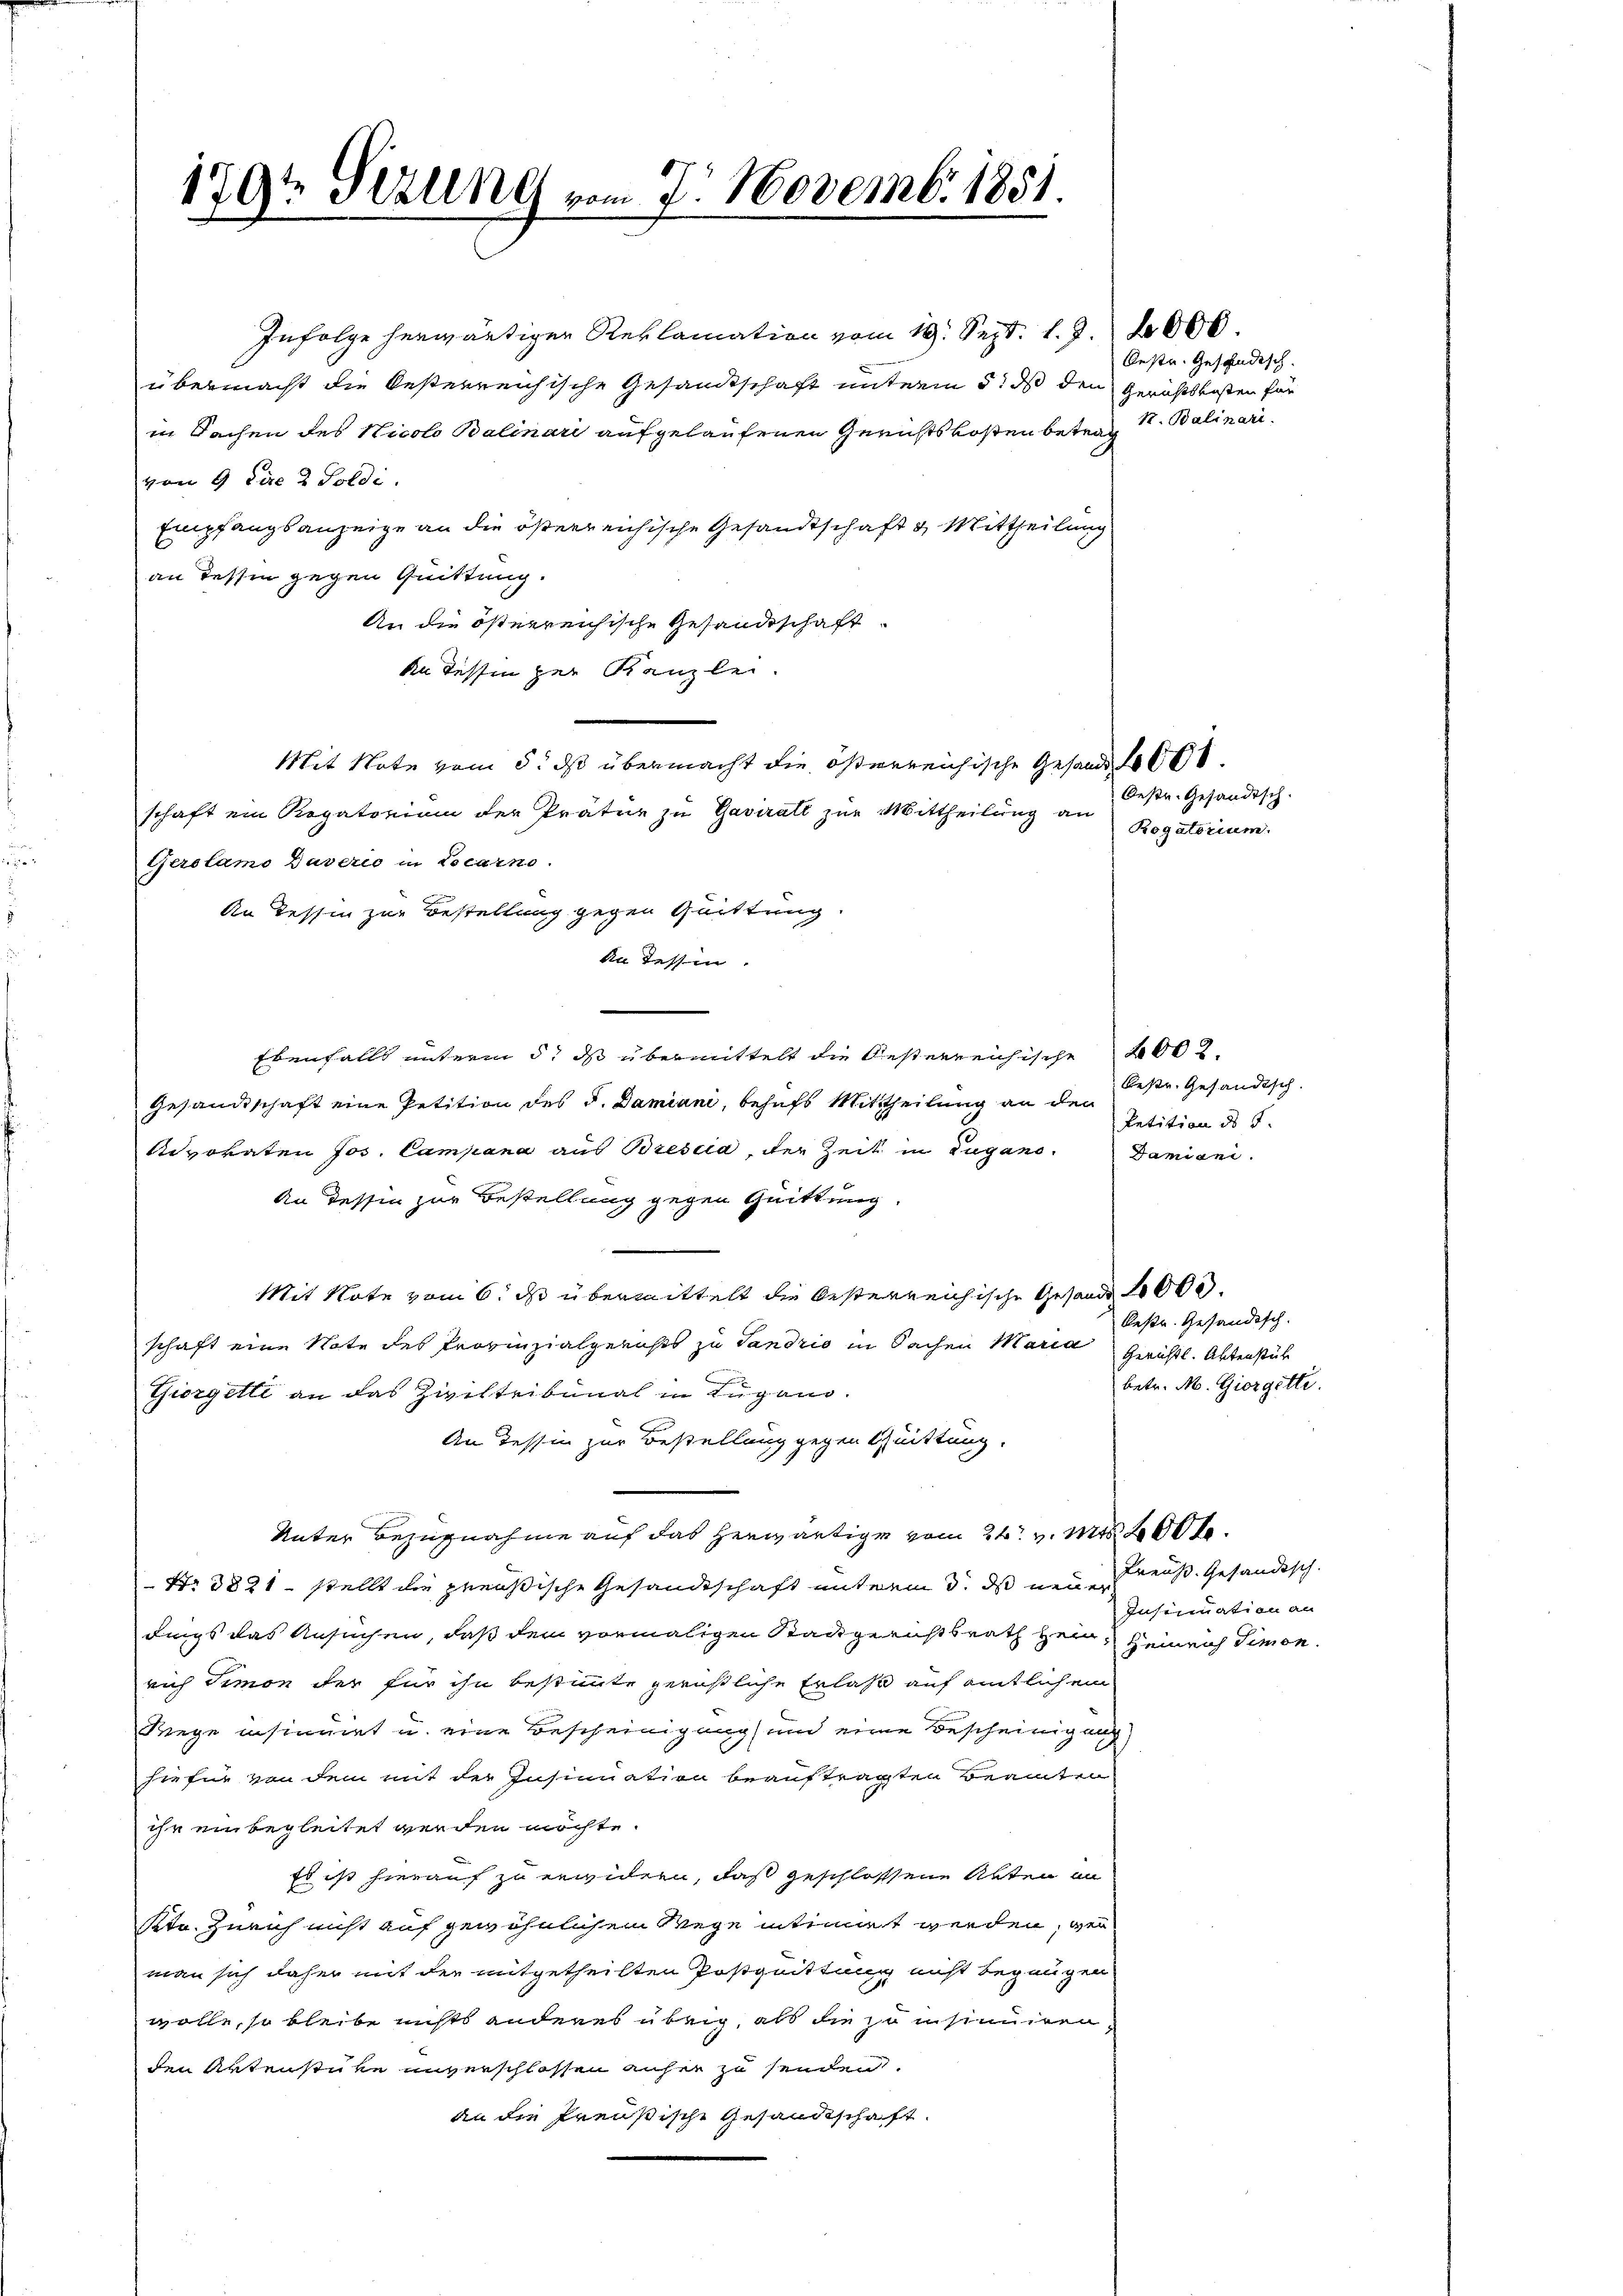
1791 Sizung vom 7. Novembr 1851.

Infolge herwärtiger Reklamation vom 19. Sept. l. J. 2000.
übermacht die besterreichische Gesandtschaft unterm 5. ds den Gerichtskosten für
in Sachen des Nicolo Balinari aufgelaufenen Gerichtskosten betrag 1. Balinarivon 9 die 2 Poldi
Empfangsanzeige an die österreichische Gesandtschaft & Mittheilung
an dessen gegen Quittung.
An die österreichische Gesandtschaft
An dessen zur Kanzlei.
schaft ein Rogatorium der Prätur zu Gaviralt zur Mittheilung an
Gerolamo Daverio in Locarno.
An dessin zur Bestellung gegen Quittung.
An dessen.
Ebenfalls unterm 5t ds übermittelt die Oesterreichische 2002.
Gesandtschaft eine Petition des d. Damiani, behufs Mittheilung an den
Advokaten Jos. Campana aus Brescia, der Zeit in Lugano.
An dessen zur Bestellung gegen Quittung.
Mit Note vom 6. ds übermittelt die besterreichische Gesandt 2000.
schaft eine Note des Provinzialgerichts zu Sandrio in Sachen Maria gerichtl. Aktenstück
Thorgetti an das Ziviltribunal in Lugano.
An Tessin zur Bestellung gegen t Quittung.
Unter Bezugnahme auf das herwärtige vom 24. v. Mts. 200.
Nr. 3821 stellt die preußische Gesandtschaft unterm 3. ds neuer
dings das Ansuchen, daß dem vormaligen Radgerichtsrath Hein
rich Simon der für ihn bestimmte gerüstliche Erlaß auf amtlichem
Wege insinuirt u. eine Bescheinigung und eine Bescheinigung
hiefür von dem mit der Insinuation beauftragsten Beamten
ihr einbegleitet werden möchte.
Es ist hierauf zu erwidern, daß geschlossene Akten an
ktn. Zürich nicht auf gewöhnlichen Wege intimirt werden, wei
man sich daher mit der mitgetheilten Postguittung nicht begnügen
wolle, so bleibe nichts anderes übrig, als die so insinuirenden Artenstüke unverschlossen anher zu senden.
an die Preußische Gesandtschaft.

Mit Note vom 5. ds übermacht die österreichische Gesandt

bestr. Geschädisch.

Oestr. Gesandtsch.
Rogatorium.

bestr. Gesandtsch.
Retition ds J.
Damiani.

Oestr. Geständisch.
betr. M. Giorgitti.

Preuß. Gesändisch.
Insinuation an
Heinrich Simon.